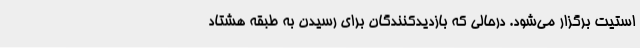
استیت برگزار می‌شود. درحالی که بازدید‌کنندگان برای رسیدن به طبقه هشتاد